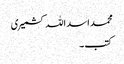
محمد اسد اللہ کشمیری
کتب ۔